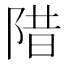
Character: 𱀗